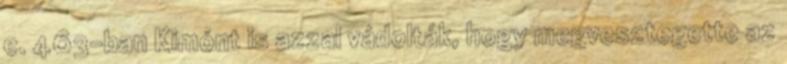
e. 463-ban Kimónt is azzal vádolták, hogy megvesztegette az